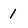
Character: 1